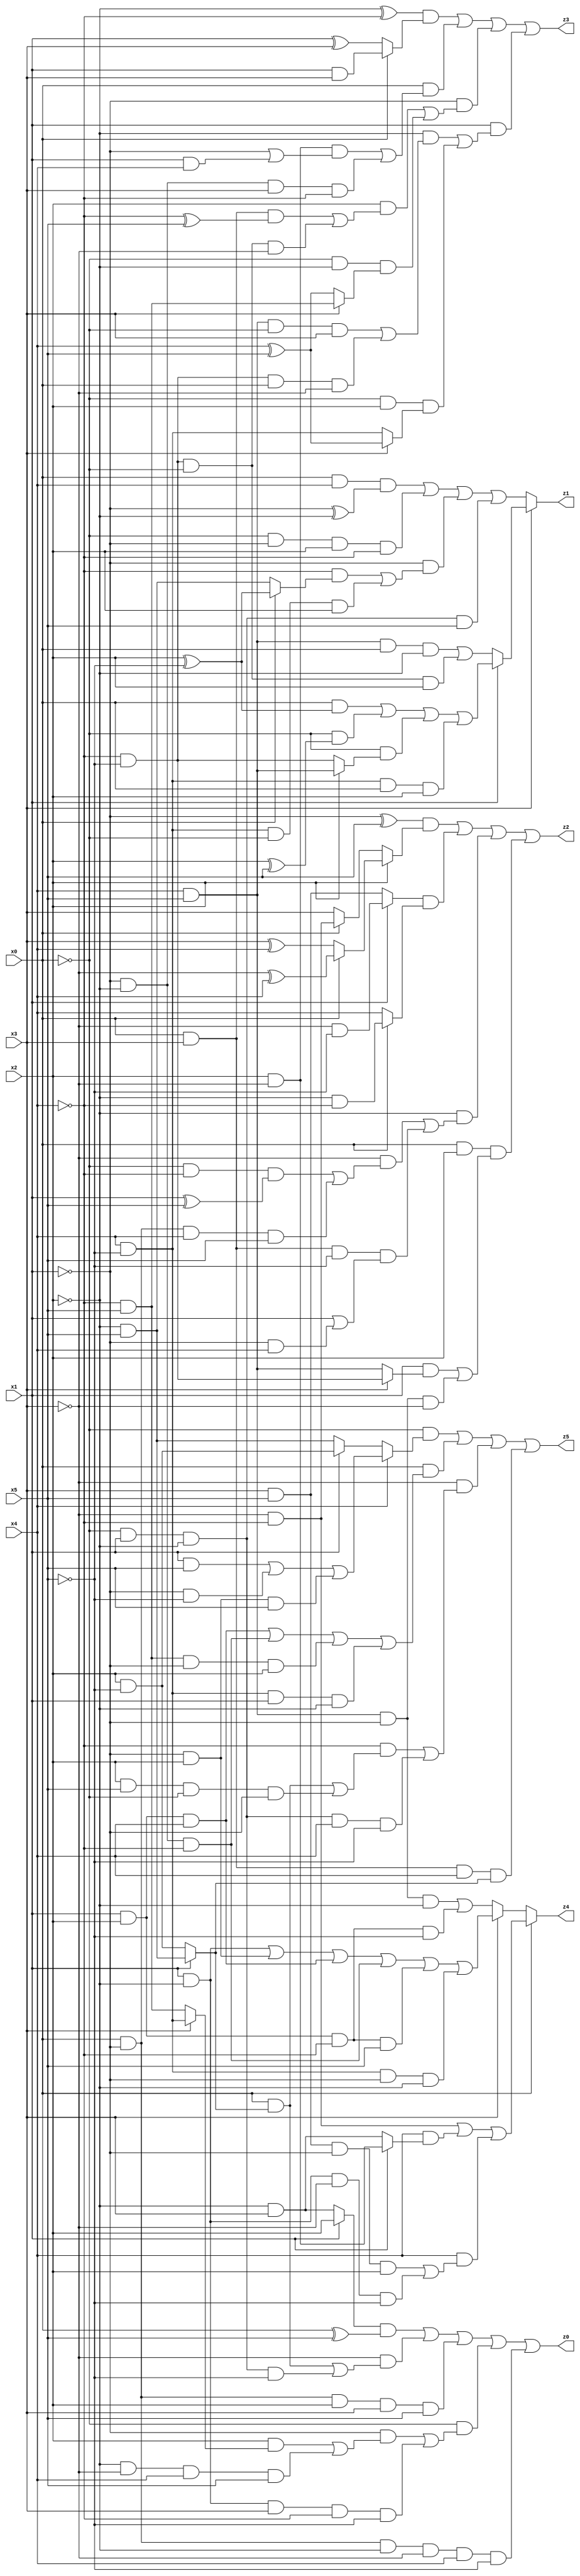
// Benchmark "X_26" written by ABC on Wed Jun 07 23:37:16 2023

module X_26 ( 
    x0, x1, x2, x3, x4, x5,
    z0, z1, z2, z3, z4, z5  );
  input  x0, x1, x2, x3, x4, x5;
  output z0, z1, z2, z3, z4, z5;
  assign z0 = ((x1 ? x2 : (~x2 & x3)) & (x0 ^ x5)) | (~x3 & ((x0 & (x1 ? (~x2 & x5) : (x2 & ~x5))) | (~x0 & x1 & ~x2 & ~x5))) | (x0 & ~x1 & x2 & x3 & x5) | (~x0 & ((~x1 & ((x2 & (x3 ? (x4 & ~x5) : (~x4 & x5))) | (~x2 & ~x3 & x4 & x5))) | (x1 & ~x2 & x3 & ~x4 & ~x5))) | (x0 & ~x1 & ~x2 & ~x3 & x4 & ~x5);
  assign z1 = x3 ? (x1 ? ((x0 & (x2 ^ ~x5)) | (~x0 & (x2 ^ x5)) | (~x0 & (x2 ? (x4 & x5) : (~x4 & ~x5))) | (x4 & ~x5 & x0 & x2)) : ((x4 & x5 & x0 & ~x2) | (~x4 & ~x5 & ~x0 & x2))) : ((x0 & x4 & (~x1 ^ ~x2)) | (~x0 & ~x1 & x2 & ~x4) | (~x1 & ((~x4 & (x0 ? (x2 ^ ~x5) : (~x2 & x5))) | (x4 & ~x5 & ~x0 & x2))) | (~x0 & x1 & ~x2 & x5));
  assign z2 = ((~x1 ^ x5) & (x2 ? (x0 ? (~x3 ^ x4) : (x3 ^ x4)) : (x0 ? (~x3 & ~x4) : x3))) | ((x1 ? (~x3 & ~x5) : (x3 & x5)) & (x0 ? (~x2 & ~x4) : x4)) | (~x2 & ((~x3 & ((~x0 & ~x4 & (x1 ^ x5)) | (x0 & ~x1 & x4 & x5))) | (x0 & x3 & ~x5 & (x1 | (~x1 & x4))))) | (x0 & x2 & ((x1 & (x3 ? (~x4 & ~x5) : (x4 & x5))) | (x4 & x5 & ~x1 & ~x3)));
  assign z3 = ((~x2 ^ ~x4) & (x0 ? (x1 & x3) : (x1 ^ x3))) | (x0 & ((x2 & ~x3 & (~x1 | (x1 & x4))) | (~x1 & ~x2 & x3 & ~x4))) | (~x1 & ((x2 & ((x0 & x3 & (~x4 ^ x5)) | (~x4 & ~x5 & ~x0 & ~x3))) | (~x0 & ~x2 & (x3 ? (~x4 & x5) : (x4 ^ x5))))) | (x1 & ((~x2 & ((x4 & x5 & ~x0 & x3) | (~x4 & ~x5 & x0 & ~x3))) | (~x0 & x2 & (x3 ? (x4 ^ x5) : (x4 & ~x5)))));
  assign z4 = x0 ? ((~x3 & ~x4) | (x4 & (x1 ? (x2 & ~x3) : (~x2 & x3))) | (x4 & ((x3 & x5 & ~x1 & x2) | (x1 & ~x2 & ~x3 & ~x5)))) : (x3 ? ((x1 & ~x2) | (~x1 & x2) | (x1 & x2 & x4) | (~x1 & ~x2 & ~x4) | (x1 & x2 & ~x4 & x5) | (x4 & ~x5 & ~x1 & ~x2)) : ((x4 & x5 & ~x1 & ~x2) | (x1 & x2 & ~x4 & ~x5)));
  assign z5 = (~x0 & (x4 ? ((x1 & x5) | (~x1 & ~x5) | (~x1 & x2 & x5)) : (x1 ? (x2 & ~x5) : (~x2 & x5)))) | (x0 & ((x1 & x2 & x4) | (~x1 & ~x2 & ~x4) | (~x4 & x5 & ~x1 & x2) | (x4 & ~x5 & x1 & ~x2))) | (~x3 & ((~x4 & ((x0 & (x1 ? (~x2 & x5) : (x2 & ~x5))) | (x2 & x5 & ~x0 & ~x1))) | (~x0 & x1 & ~x2 & x4 & ~x5))) | (x0 & x3 & x4 & (x1 ? (~x2 & x5) : (x2 & ~x5)));
endmodule